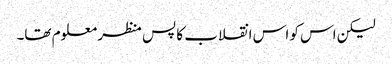
لیکن اس کو اس انقلاب کا پس منظر معلوم تھا۔